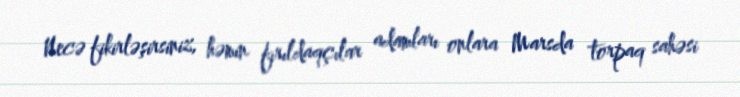
Necə fikirləşirsiniz, həmin fırıldaqçılar adamları onlara Marsda torpaq sahəsi